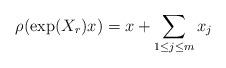
LaTeX: \begin{align*} \rho(\exp(X_{r})x)=x+\sum_{1\leq j\leq m} x_j\end{align*}